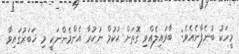
މީހަކު ބުނެފާނެއެވެ:  ބާވައިލެއްވި ގޮތަށް ޙުކުމް ނުކުރާ އެންމެންނަކީ މި ޚަބަރުގައިވާ